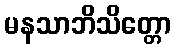
မနသာဘိသိတ္တော